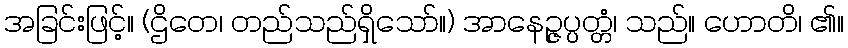
အခြင်းဖြင့်။ (ဌိတေ၊ တည်သည်ရှိသော်။) အာနေဉ္ဇပ္ပတ္တံ၊ သည်။ ဟောတိ၊ ၏။